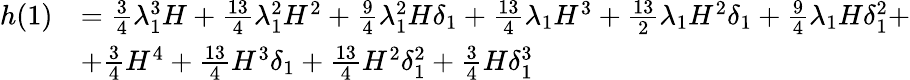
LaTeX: \begin{array}{rl}{h(1)}&{=\frac{3}{4}\lambda_{1}^{3}H+\frac{13}{4}\lambda_{1}^{2}H^{2}+\frac{9}{4}\lambda_{1}^{2}H\delta_{1}+\frac{13}{4}\lambda_{1}H^{3}+\frac{13}{2}\lambda_{1}H^{2}\delta_{1}+\frac{9}{4}\lambda_{1}H\delta_{1}^{2}+}\\ &{+\frac{3}{4}H^{4}+\frac{13}{4}H^{3}\delta_{1}+\frac{13}{4}H^{2}\delta_{1}^{2}+\frac{3}{4}H\delta_{1}^{3}}\end{array}